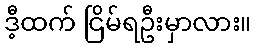
ဒီ့ထက် ငြိမ်ရဦးမှာလား။